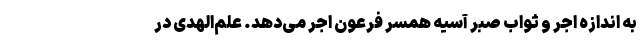
به اندازه اجر و ثواب صبر آسیه همسر فرعون اجر می‌دهد. علم‌الهدی در